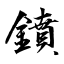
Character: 鐼